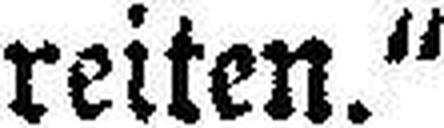
reiten.“